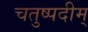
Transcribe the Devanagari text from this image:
चतुष्पदीम्